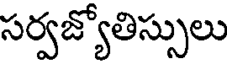
సర్వజ్యోతిస్సులు